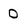
Character: D